Vaccination in the Punjab 1897-1904 - 1897-1904
Year: 1897
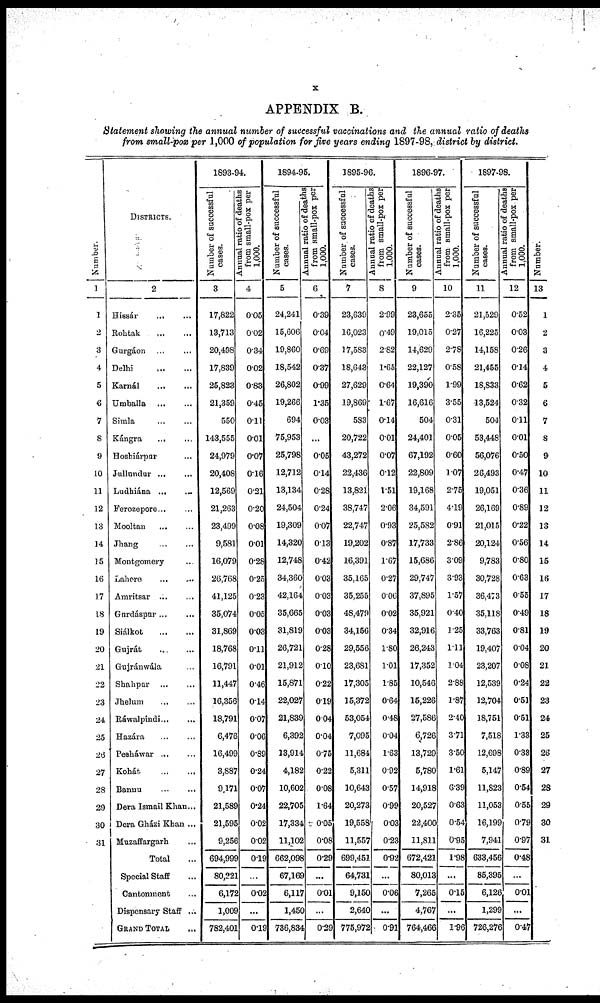
x
APPENDIX B.
Statement showing the annual number of successful vaccinations and the annual ratio of deaths
from small-pox per 1,000 of population for five years ending 1897-98, district by district.
Number.
1
1
2
3
4
5
6
7
8
9
10
11
12
13
14
15
16
17
18
19
20
21
22
23
24
25
23
27
28
29
30
31
DISTRICTS.
2
Hissár
... ...
Rohtak ... ...
Gurgáon ... ...
Delhi
...
...
Karnál
...
...
Umballa
...
...
Simla ... ...
Kángra
...
...
Hoshiárpnr ...
Jullundur
...
...
Ludhiána ... ...
Ferozepore... ...
Mooltan
...
...
Jhang ... ...
Montgomery ...
Lahore
...
...
Amritsar ... ...
Gnrdáspnr ... ...
Siálkot
...
...
Gujrát ... ...
Gujránwála ...
Shahpar ... ...
Jhelum ... ...
Ráwalpindi ... ...
Hazára ... ...
Pesháwar ... ...
Kohát
...
...
Bannu
...
...
Dera Ismail Khan...
Dera Gházi Khan ...
Muzaffargarh ...
Total ...
Special Staff ...
Cantonment ...
Dispensary Staff ...
GRAND TOTAL ...
1893-94.
Number of successful
cases.
3
17,822
13,713
20,498
17,839
25,823
21,359
550
143,555
24,979
20,408
12,569
21,263
23,499
9,581
16,079
26,768
41,125
35,074
31,869
18,768
16,791
11,447
16,356
18,791
6,476
16,499
3,887
9,171
21,589
21,595
9,256
694,999
80,221
6,172
1,009
782,401
Annual ratio of deaths
from small-pox per
1,000.
4
0.05
0.02
0.34
0.02
0.83
0.45
0.11
0.01
0.07
0.16
0.21
0.20
0.08
0.01
0.28
0.25
0.23
0.05
0.03
0.11
0.01
0.46
0.14
0.07
0.06
0.89
0.24
0.07
0.24
0.02
0.02
0.19
...
0.02
...
0.19
1894-95.
Number of successful
cases.
5
24,241
15,606
19,860
18,542
26,802
19,266
694
75,953
25,798
12,712
13,134
24,504
19,309
14,320
12,748
34,360
42,164
35,665
31,819
26,721
21,912
15,871
22,027
21,839
6,392
13,914
4,182
10,602
22,705
17,334
11,102
662,098
67,169
6,117
1,450
736,834
Annual ratio of deaths
from small-pox per
1,000.
6
0.39
0.04
0.69
0.37
0.99
1.35
0.03
...
0.05
0.14
0.28
0.24
0.07
0.13
0.42
0.03
0.03
0.03
0.03
0.28
0.10
0.22
0.19
0.04
0.04
0.75
0.22
0.08
1.64
0.05
0.08
0.29
...
0.01
...
0.29
1895-96.
Number of successful
cases.
7
23,639
16,023
17,583
18,643
27,629
19,869
583
20,722
43,272
22,436
13,821
38,747
22,747
19,202
16,391
35,165
35,255
48,479
34,156
29,556
23,681
17,305
15,372
53,054
7,095
11,684
5,311
10,643
20,273
19,558
11,557
699,451
64,731
9,150
2,640
775,972
Annual ratio of deaths
from small-pox per
1,000.
8
2.99
0.49
2.82
1.65
0.64
1.67
0.14
0.01
0.07
0.12
1.51
2.06
0.93
0.87
1.67
0.27
0.06
0.02
0.34
1.80
1.01
1.85
0.64
0.48
0.04
1.63
0.92
0.57
0.98
0.03
0.23
0.92
...
0.06
...
0.91
1896-97.
Number of successful
cases.
9
23,655
19,015
14,629
22,127
19,390
16,616
504
24,401
67,192
22,809
19,168
34,591
25,582
17,733
15,686
29,747
37,895
35,921
32,916
26,243
17,352
10,546
15,226
27,586
6,726
13,729
5,780
14,918
20,527
22,400
11,811
672,421
80,013
7,265
4,767
764,466
Annual ratio of deaths
from Small-pox per
1,000.
10
2.35
0.27
2.78
0.58
1.99
3.55
0.31
0.05
0.60
1.07
2.75
4.19
0.91
2.86
3.09
3.93
1.57
0.40
1.25
1.11
1.04
2.88
1.87
2.40
3.71
3.50
1.61
6.39
0.63
0.54
0.95
1.98
...
0.15
...
1.96
1897-98.
Number of successful
cases.
11
21,529
16,225
14,158
21,455
18,833
13,524
504
53,448
56,076
26,493
19,051
26,169
21,015
20,124
9,783
30,728
36,473
35,118
33,763
19,407
23,207
12,539
12,704
18,751
7,518
12,698
5,147
11,823
11,053
16,199
7,941
633,456
85,395
6,126
1,299
726,276
Annual ratio of deaths
from small-pox per
1,000.
12
0.52
0.03
0.26
0.14
0.62
0.32
0.11
0.01
0.50
0.47
0.36
0.89
0.22
0.56
0.80
0.63
0.55
0.49
0.81
0.04
0.08
0.24
0.51
0.51
1.33
0.38
0.89
0.54
0.55
0.79
0.97
0.48
...
0.01
...
0.47
Number.
13
1
2
3
4
5
6
7
8
9
10
11
12
13
14
15
16
17
18
19
20
21
22
23
24
25
26
27
28
29
30
31